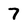
Character: 7